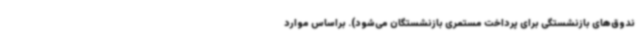
ندوق‌های بازنشستگی برای پرداخت مستمری بازنشستگان می‌شود). براساس موارد